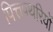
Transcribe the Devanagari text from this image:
पित्तपथरियों